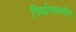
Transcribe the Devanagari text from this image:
निर्वाणापर्यंत